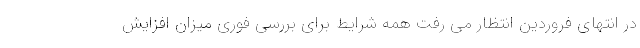
در انتهای فروردین انتظار می رفت همه شرایط برای بررسی فوری میزان افزایش